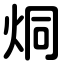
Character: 烔